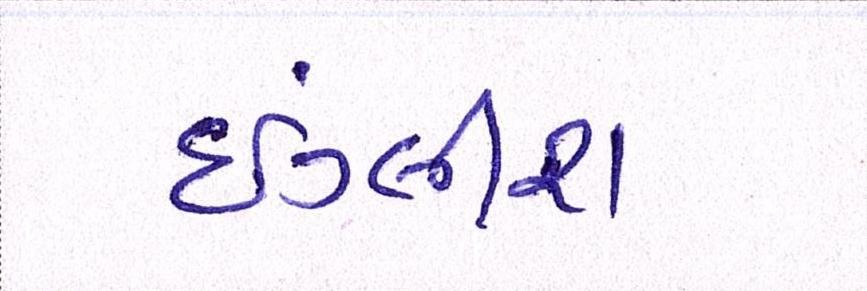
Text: ઇંગ્લીશ